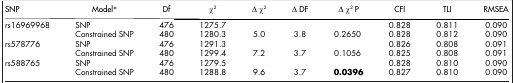
<table><thead><tr><td><b>SNP</b></td><td><b>Model*</b></td><td><b>Df</b></td><td><b>χ<sup>2</sup></b></td><td><b>Δ χ<sup>2</sup></b></td><td><b>Δ DF</b></td><td><b>Δ χ<sup>2</sup> P</b></td><td><b>CFI</b></td><td><b>TLI</b></td><td><b>RMSEA</b></td></tr></thead><tbody><tr><td rowspan="2">rs16969968</td><td>SNP</td><td>476</td><td>1275.7</td><td> </td><td> </td><td> </td><td>0.828</td><td>0.811</td><td>0.090</td></tr><tr><td>Constrained SNP</td><td>480</td><td>1280.3</td><td>5.0</td><td>3.8</td><td>0.2650</td><td>0.828</td><td>0.812</td><td>0.090</td></tr><tr><td rowspan="2">rs578776</td><td>SNP</td><td>476</td><td>1291.3</td><td> </td><td> </td><td> </td><td>0.826</td><td>0.808</td><td>0.091</td></tr><tr><td>Constrained SNP</td><td>480</td><td>1299.4</td><td>7.2</td><td>3.7</td><td>0.1056</td><td>0.825</td><td>0.808</td><td>0.091</td></tr><tr><td rowspan="2">rs588765</td><td>SNP</td><td>476</td><td>1279.5</td><td> </td><td> </td><td> </td><td>0.828</td><td>0.810</td><td>0.090</td></tr><tr><td>Constrained SNP</td><td>480</td><td>1288.8</td><td>9.6</td><td>3.7</td><td><b>0.0396</b></td><td>0.827</td><td>0.810</td><td>0.090</td></tr></tbody></table>